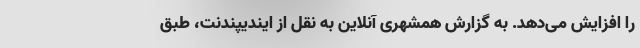
را افزایش می‌دهد. به گزارش همشهری آنلاین به نقل از ایندیپندنت، طبق